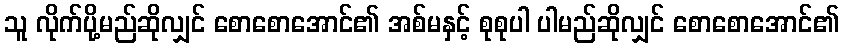
သူ လိုက်ပို့မည်ဆိုလျှင် စောစောအောင်၏ အစ်မနှင့် စုစုပါ ပါမည်ဆိုလျှင် စောစောအောင်၏